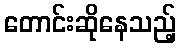
တောင်းဆိုနေသည့်